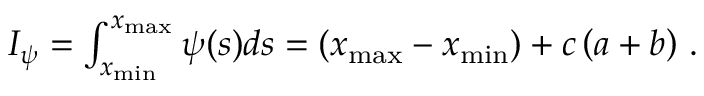
\begin{array} { r } { I _ { \psi } = \int _ { x _ { \mathrm { m i n } } } ^ { x _ { \mathrm { m a x } } } \psi ( s ) d s = ( x _ { \mathrm { m a x } } - x _ { \mathrm { m i n } } ) + c \left( a + b \right) \, . } \end{array}